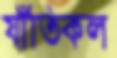
যাঁতিকল